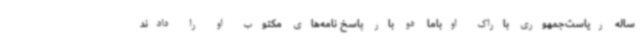
ساله ریاست‌جمهوری باراک اوباما دو بار پاسخ نامه‌های مکتوب او را دادند